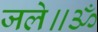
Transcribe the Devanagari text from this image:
जले॥ॐ